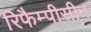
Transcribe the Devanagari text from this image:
रिफैम्पीसीन